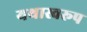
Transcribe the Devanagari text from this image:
यथास्वरूप